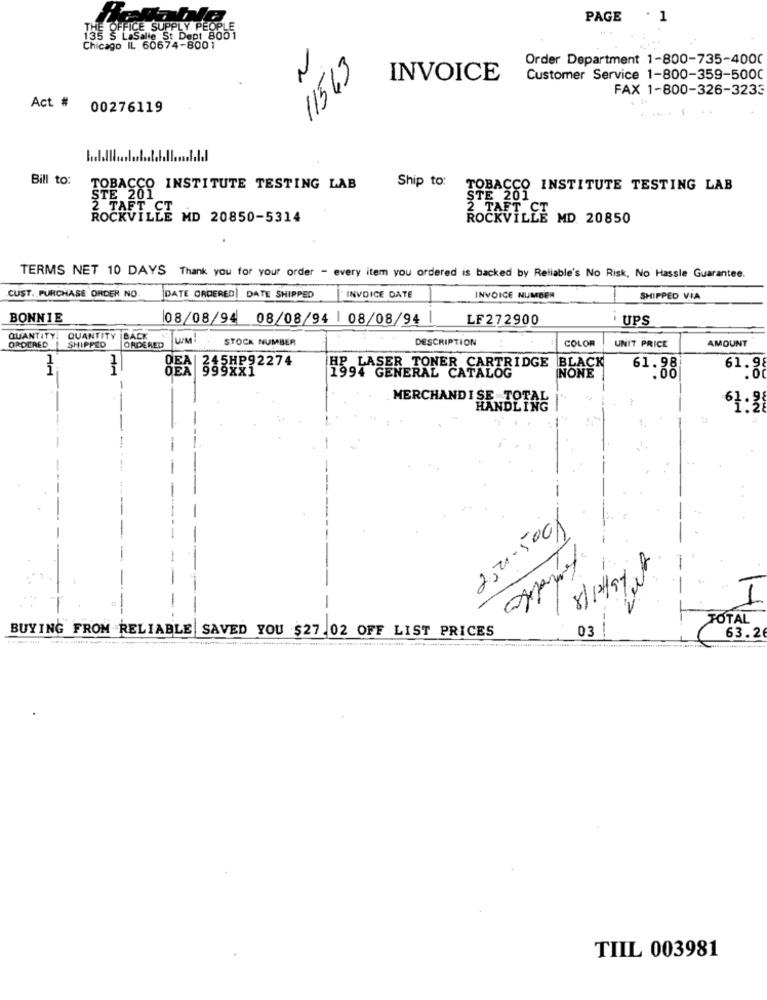
PAGE
· 1
OFFICE SUPPLY PEOPL
135 S LaSalle St Dept 8001
Chicago IL 60674-8001
Order Department 1-800-735-4000
11543
INVOICE
Customer Service 1-800-359-5000
FAX 1-800-326-3233
Act # 00276119
Bill to:
TOBACCO INSTITUTE TESTING LAB
Ship to TOBACCO INSTITUTE TESTING LAB
STE 201
STE 201
2 TAFT CT
ROCKVILLE MD 20850-5314
ROCKVILLE MD. 20850
TERMS NET 10 DAYS Thank you for your order - every item you ordered is backed by Reliable's No Risk, No Hassle Guarantee.
CUST. PURCHASE ORDER NO.
DATE ORDERED| DATE SHIPPED
INVOICE DATE
INVOICE NUMBER
SHIPPED VIA
BONNIE
108/08/94 08/08/94 | 08/08/94 |
LF272900
i UPS
ORDERED
QUANTITY
QUANTITY
SHIPPED
BACK
UM
STOCK NUMBER
DESCRIPTION
AMOUNT
ORDERED
COLOR
UNIT PRICE
OEA | 245HP92274
ČEA 999xx1
HP LASER TONER CARTRIDGE
INONE
BLACK
61.98
61.9
1994 GENERAL CATALOG
MERCHANDISE TOTAL
HANDLING
67:3
250-500
8/1/98
-
TOTAL
BUYING FROM RELIABLE SAVED YOU $27.02 OFF LIST PRICES
03
63.2
TIIL 003981